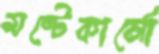
মন্টেকার্লো